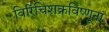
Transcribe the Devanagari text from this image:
विरिंचिशक्रविष्णूनां